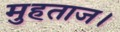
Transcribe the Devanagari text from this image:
मुहताज।